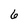
Character: 6